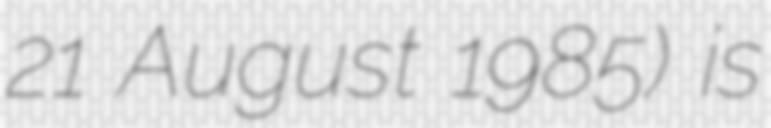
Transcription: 21 August 1985) is